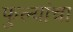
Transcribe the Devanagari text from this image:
फुल्यांचा